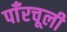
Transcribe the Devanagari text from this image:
पाँरचूली